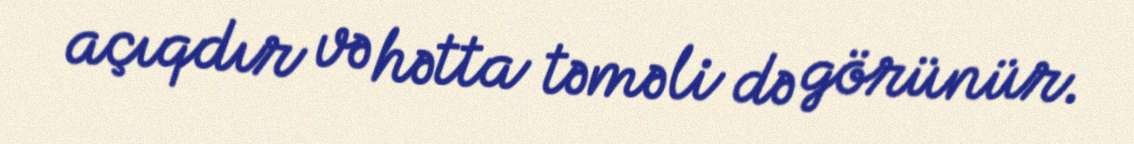
açıqdır və hətta təməli də görünür.